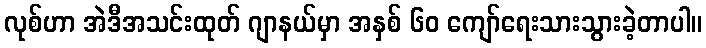
လုစ်ဟာ အဲဒီအသင်းထုတ် ဂျာနယ်မှာ အနှစ် ၆၀ ကျော်ရေးသားသွားခဲ့တာပါ။